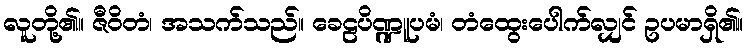
လူတို့၏။ ဇီဝိတံ၊ အသက်သည်။ ခေဠပိဏ္ဍူပမံ၊ တံထွေးပေါက်လျှင် ဥပမာရှိ၏။